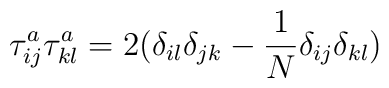
\tau_{ij}^a \tau_{kl}^a = 2(\delta_{il} \delta_{jk}-\frac{1}{N}\delta_{ij} \delta_{kl})